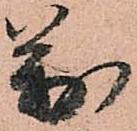
萬